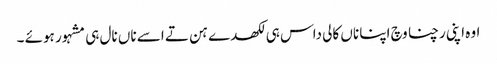
اوہ اپنی رچنا وچ اپنا ناں کالی داس ہی لکھدے ہن تے اسے ناں نال ہی مشہور ہوئے ۔